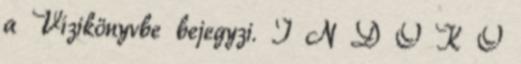
a Vízikönyvbe bejegyzi. I N D O K O